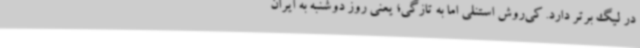
در لیگ برتر دارد. کی‌روش استنلی اما به تازگی؛ یعنی روز دوشنبه به ایران